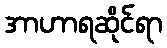
အာဟာရဆိုင်ရာ